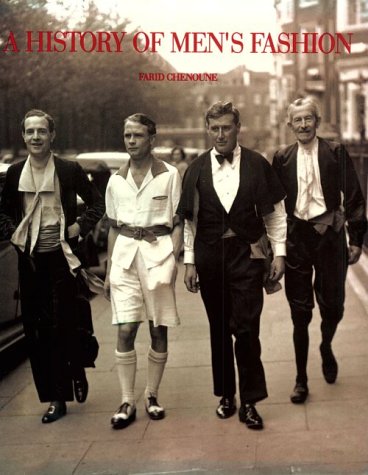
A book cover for History of Men's Fashion; Farid Chenoune; Health, Fitness & Dieting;